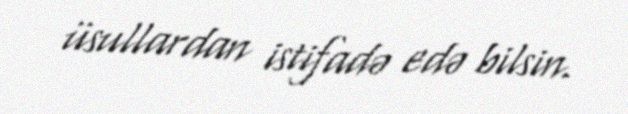
üsullardan istifadə edə bilsin.